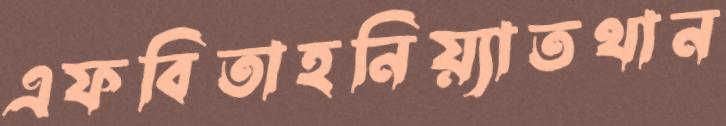
এফবিতাহনিয়্যাতথান